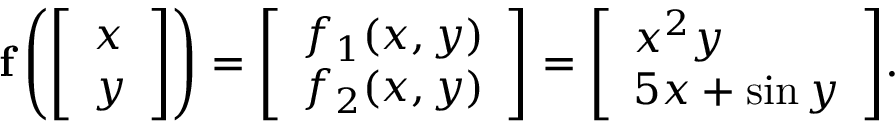
\mathbf { f } \left( { \left[ \begin{array} { l } { x } \\ { y } \end{array} \right] } \right) = { \left[ \begin{array} { l } { f _ { 1 } ( x , y ) } \\ { f _ { 2 } ( x , y ) } \end{array} \right] } = { \left[ \begin{array} { l } { x ^ { 2 } y } \\ { 5 x + \sin y } \end{array} \right] } .